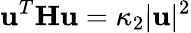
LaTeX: \mathbf u^{T}\mathbf H\mathbf u=\kappa_{2}|\mathbf u|^{2}